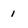
Character: 1